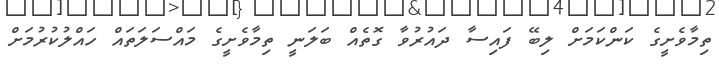
ތިމާވެށީގެ ކަންކަމަށް ލިބޭ ފައިސާ ދައުރުވާ ގޮތެއް ބަލަނީ ތިމާވެށީގެ މައްސަލަތައް ހައްލުކުރުމަށް